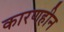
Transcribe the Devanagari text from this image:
कारणहीन